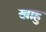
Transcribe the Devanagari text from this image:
खाहु